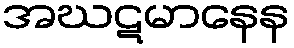
အဃဋမာနေန